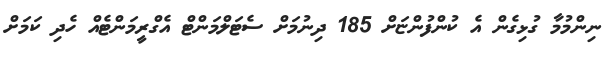
ނިންމުމާ ގުޅިގެން އެ ކުންފުންޏަށް 185 ދިނުމަށް ސެޓަލްމަންޓް އެގްރީމަންޓެއް ހެދި ކަމަށް